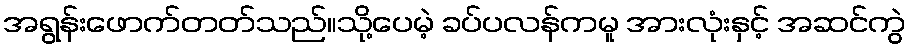
အရွန်းဖောက်တတ်သည်။သို့ပေမဲ့ ခပ်ပလန်ကမူ အားလုံးနှင့် အဆင်ကွဲ